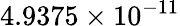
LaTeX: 4.9375\times 10^{-11}